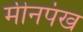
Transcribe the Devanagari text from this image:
मीनपंख